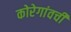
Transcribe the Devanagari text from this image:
कोरेगांवची